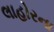
લાહોરના